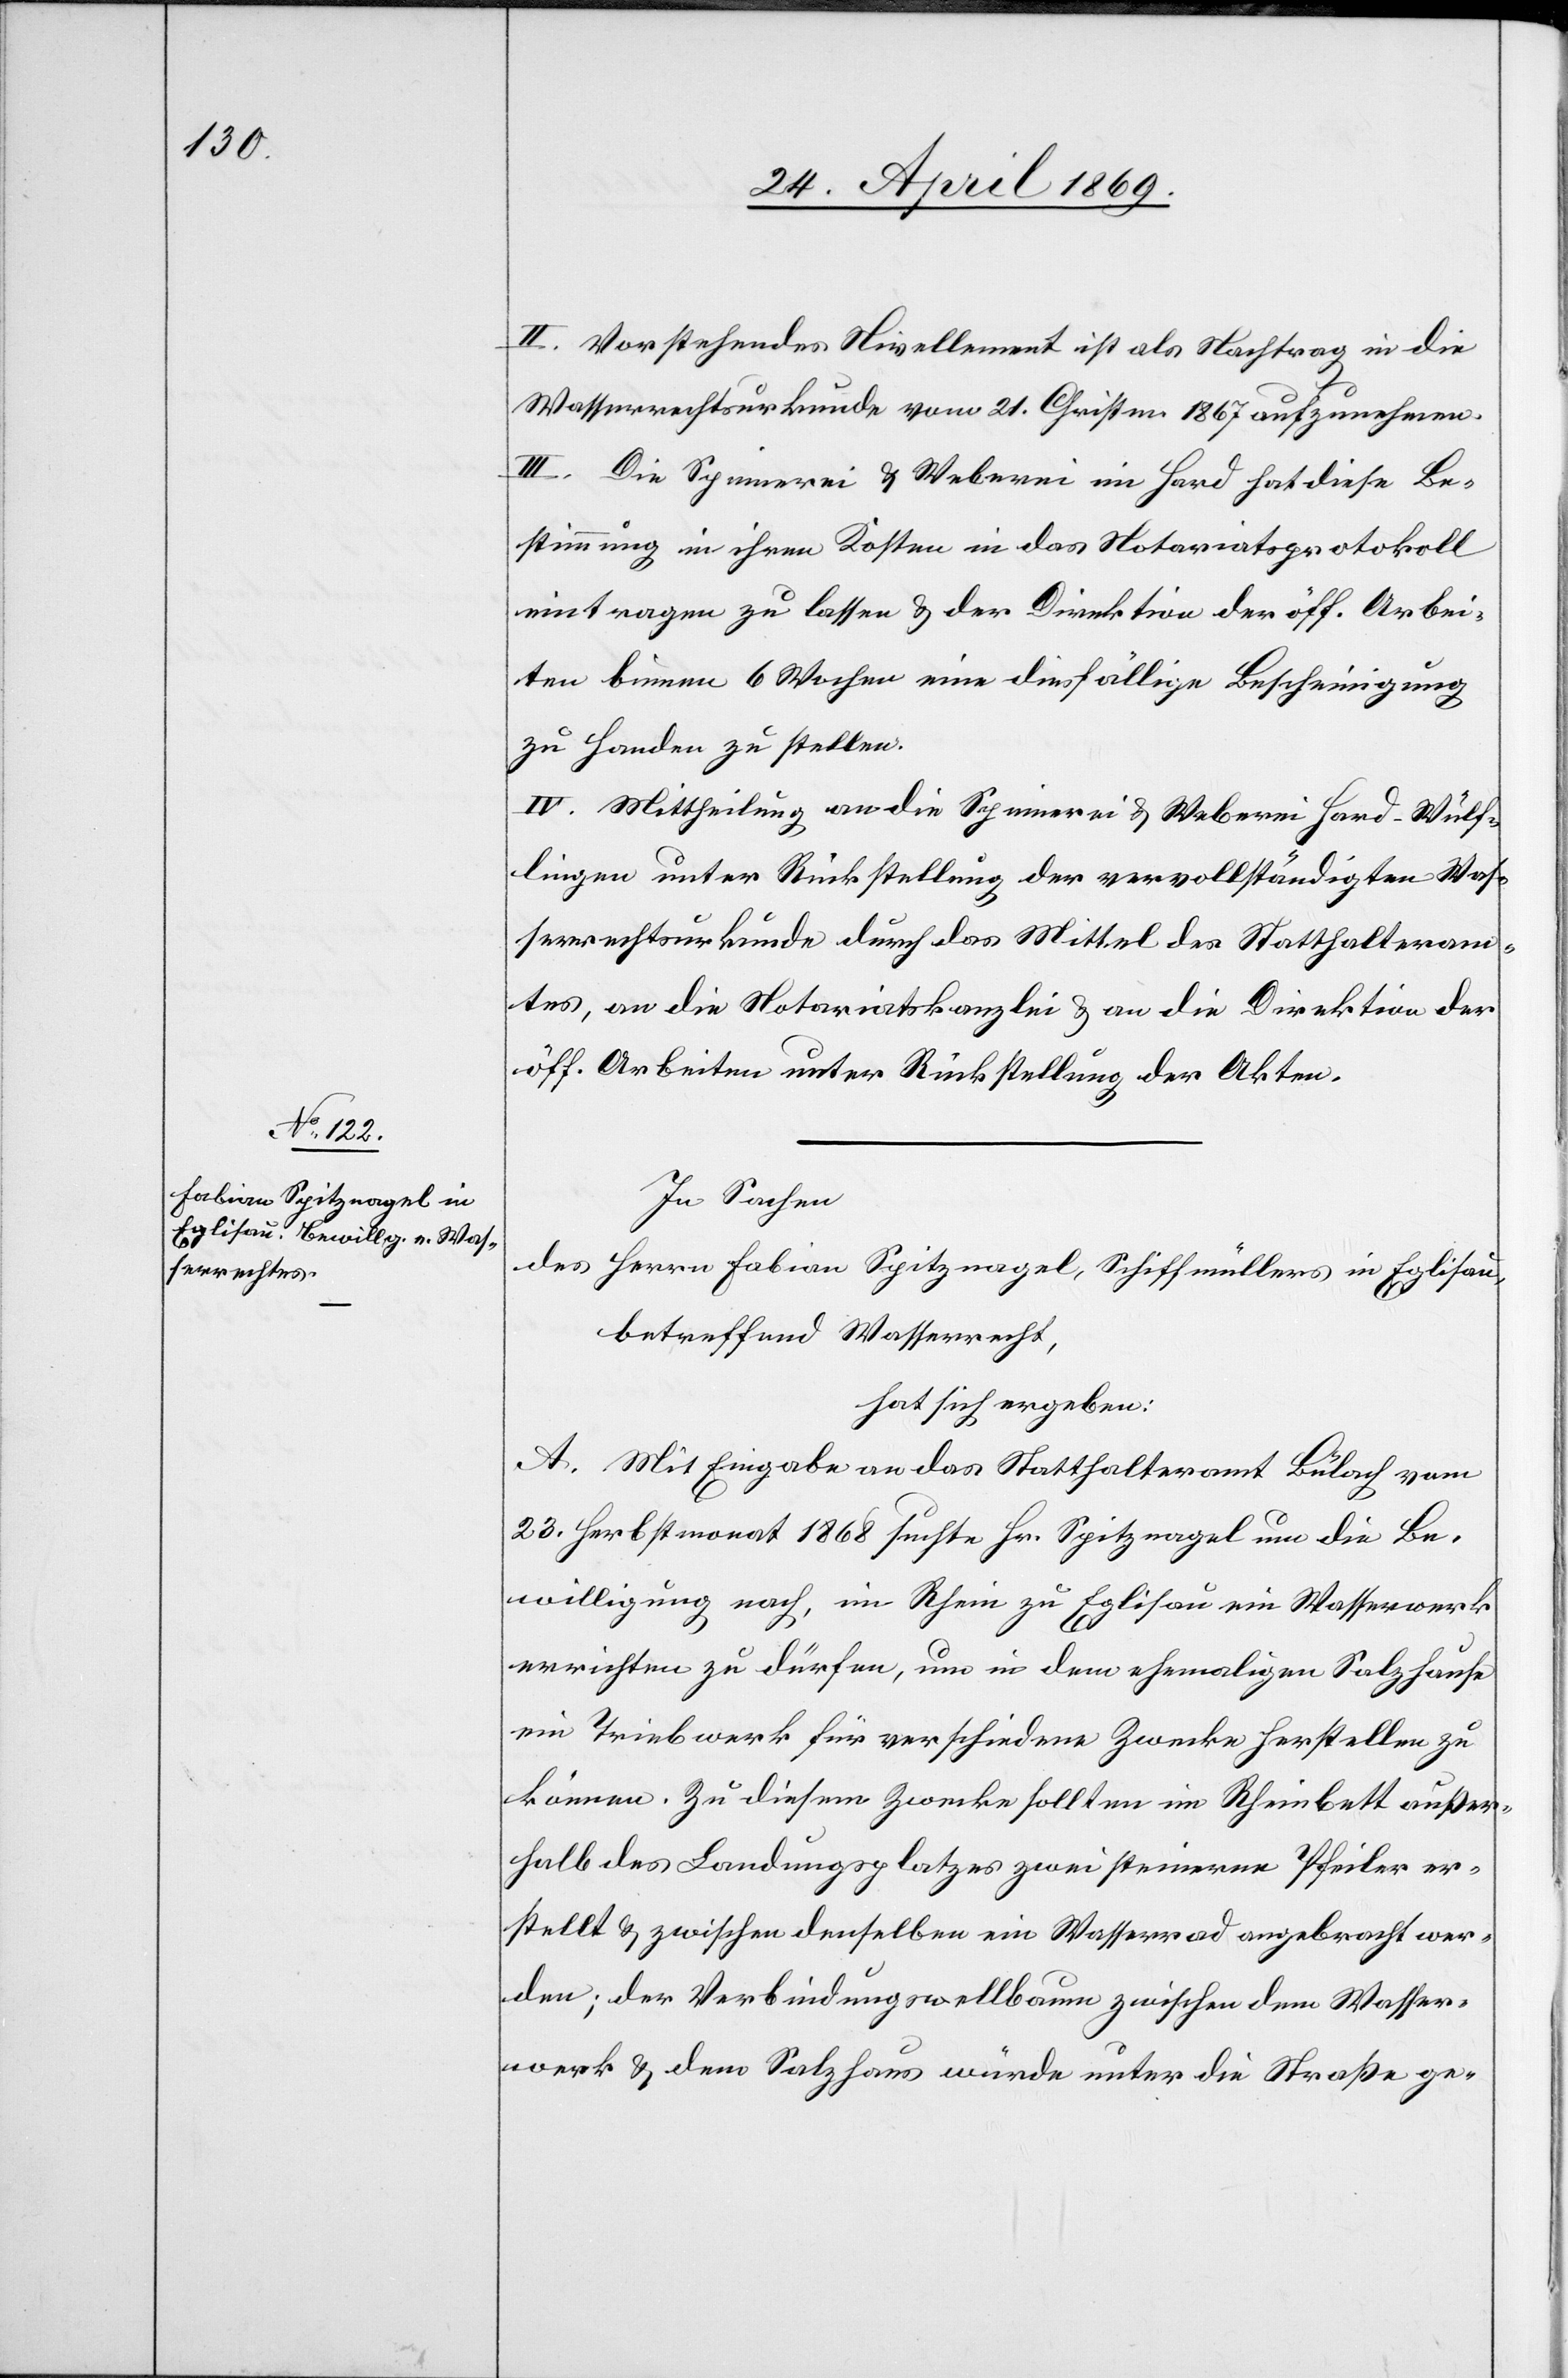
II. Vorstehendes Nivellement ist als Nachtrag in die
Wasserrechtsurkunde vom 21. Christm. 1867 aufzunehmen
III. Die Spinnerei u. Weberei im Hard hat diese Be¬
stimmung in ihren Kosten in das Notariatsprotokoll
eintragen zu lassen u. der Direktion der öff. Arbei¬
ten binnen 6 Wochen eine diesfällige Bescheinigung
zu Handen zu stellen.
IV. Mittheilung an die Spinnerei u. Weberei Hard-Wülf¬
lingen unter Rückstellung der vervollständigten Was¬
serrechtsurkunde durch das Mittel des Statthalteram¬
tes, an die Notariatskanzlei u. an die Direktion der
öff. Arbeiten unter Rückstellung der Akten.
In Sachen
des Herrn Fabian Spitzvogel, Schimüllers in Eglisau,
betreffend Wasserrecht,
hat sich ergeben:
A. Mit Eingabe an das Statthalteramt Bülach vom
23. Herbstmonat 1868 suchte Hr. Spitzvogel um die Be¬
willigung nach, im Rhein zu Eglisau ein Wasserwerk
errichten zu dürfen, um in dem ehemaligen Salzhause
ein Triebwerk für verschiedene Zwecke herstellen zu
können. Zu diesem Zwecke sollten im Rheinbett außer¬
halb des Landungsplatzes zwei steinerne Pfeiler er¬
stellt u. zwischen denselben ein Wasserrad angebracht wer¬
den, der Verbindungswellbaum zwischen dem Wasser¬
werk u. dem Salzhaus würde unter die Straße ge-